Lunatic asylums Central Provinces reports 1910-1926 - 1910-1926
Year: 1910
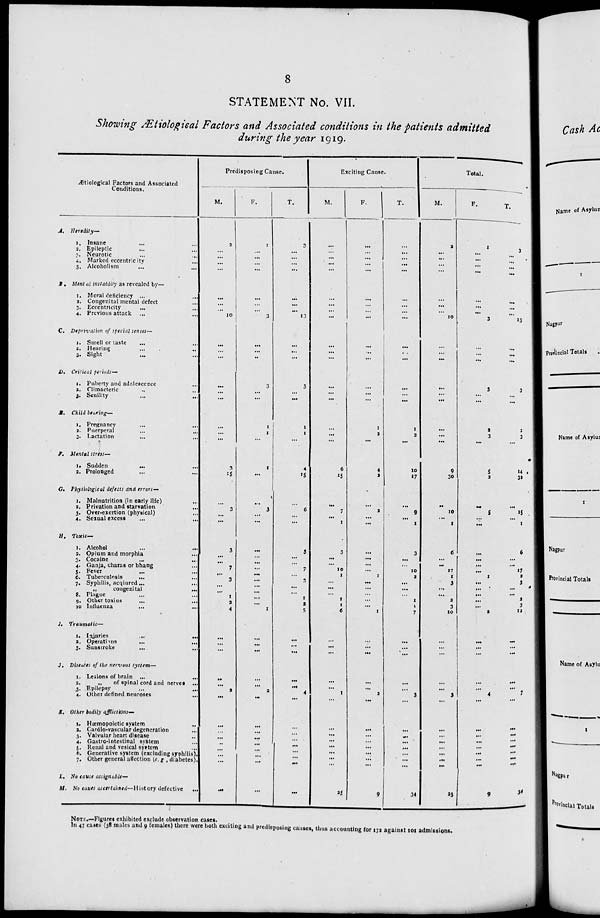
8
STATEMENT No. VII.
Showing Ætiological Factors and Associated conditions in the patients admitted
during the year 1919.
Ætiological Factors and Associated
Conditions.
A. Heredity—
1. Insane ... ...
2. Epileptic ... ...
3. Neurotic ... ...
4. Marked eccentricity ...
5. Alcoholism ... ...
B. Mental instablily as revealed by—
1. Moral deficiency ... ...
2. Congenital mental defect ...
3. Eccentricity ... ...
4. Previous attack ... ...
C. Deprivation of special senses—
1. Smell or taste ... ...
3. Hearing ... ...
3. Sight ... ...
D. Critical periods—
1. Puberty and adolescence ...
2. Climacteric ... ...
3. Senility ... ...
E. Child bearing—
1. Pregnancy ... ...
2. Puerperal ... ...
3. Lactation ... ...
F. Mental stress—
1. Sudden ... ...
2. Prolonged ... ...
G. Physiological defects and errors—
1. Malnutrition (in early life) ...
2. Privation and starvation ...
3. Over-exertion (physical) ...
4. Sexual excess ... ...
H. Toxic—
1. Alcohol
...
...
2. Opium and morphia ...
3. Cocaine ... ...
4. Ganja, charas or bhang ... ...
5. Fever ... ...
6. Tuberculosis ... ...
7. Syphilis, acqiured ... ...
„
congenital
...
8. Plague ... ...
9. Other toxins ... ...
10 Influenza ... ...
I. Traumatic—
1. Injuries ... ...
2. Operations
...
...
3. Sunstroke ... ...
J. Diseases of the nervous system—
1. Lesions of brain ... ...
3.
„
of spinal cord and nerves ...
3. Epilepsy ... ...
4. Other defined neuroses ...
K. Other bodily afflictions—
1. Hæmopoietic system
...
2. Cardio-vascular degeneration ...
3. Valvular heart disease ...
4. Gastro-intestinal system ...
5. Renal and vesical system ...
6. Generative system (excluding syphilis).
7. Other general affection (e. g., diabetes) .
L. No cause assignable—
M. No caues ascertained—History defective ...
Predisposing Cause.
M.
2
...
...
...
...
...
...
...
10
...
...
...
...
...
...
...
...
...
3
15
...
3
...
...
3
...
...
7
...
3
...
...
1
2
4
...
... ...
...
...
2
...
...
...
...
...
...
...
...
...
F.
1
...
...
...
...
...
...
...
3
...
...
...
3
...
...
1
1
...
1
...
...
3
...
...
...
...
...
...
...
...
...
...
...
...
1
...
...
...
...
...
2
...
...
...
...
...
...
...
...
...
T.
3
...
...
...
...
...
...
...
13
...
...
...
3
...
...
1
1
...
4
15
...
6
...
...
3
...
...
7
...
3
...
...
1
2
5
...
...
...
...
...
4
...
...
...
...
...
...
...
...
...
Exciting Cause.
M.
...
...
...
...
...
...
...
...
...
...
...
...
...
...
...
...
...
...
6
15
...
7
...
1
3
...
...
10
1
...
...
...
1
1
6
...
...
...
...
...
1
...
...
...
...
...
...
...
...
25
F.
...
...
...
...
...
...
...
...
...
...
...
...
...
...
...
1
2
...
4
2
...
2
...
...
...
...
...
...
1
...
...
...
...
...
1
...
...
...
...
...
2
...
...
...
...
...
...
...
...
9
T.
...
...
...
...
...
...
...
...
...
...
...
...
...
...
...
1
2
...
10
17
...
9
...
1
3
...
...
10
2
...
...
...
1
1
7
...
...
...
...
...
3
...
...
...
...
...
...
...
...
34
Total.
M.
2
...
...
...
...
...
...
...
10
...
...
...
...
...
...
...
...
...
9
30
...
10
...
1
6
...
...
17
1
3
...
...
2
3
10
...
...
...
...
...
3
...
...
...
...
...
...
...
...
25
F.
1
...
...
...
...
...
...
...
3
...
...
...
3
...
...
2
3
...
5
2
...
5
...
...
...
...
...
...
1
...
...
...
...
...
2
...
...
...
...
...
4
...
...
...
...
...
...
...
...
9
T.
3
...
...
...
...
...
...
...
13
...
...
...
3
...
...
2
3
...
14
32
...
15
...
1
6
...
...
17
2
5
...
...
2
3
12
...
...
...
...
...
7
...
...
...
...
...
...
...
...
34
NOTE.—Figures exhibited exclude observation cases.
In 47 cases (38 males and 9 females) there were both exciting and predisposing causes, thus accounting for 172 against 101 admissions.